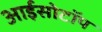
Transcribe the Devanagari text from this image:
आईसोटॉप